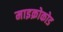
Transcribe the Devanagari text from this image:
माइक्रोकोड